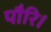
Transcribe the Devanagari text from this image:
पौरि।